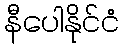
နီပေါနိုင်ငံ